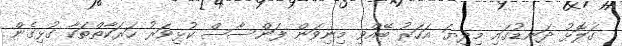
ގަލޮޅު ދަނޑުގައި މިދިޔަ އަހަރު ބޭއްވި މިނިވަން ފަންސާސް ކުޅިވަރު ހަރަކާތްތަކާ ގުޅިގެން